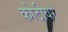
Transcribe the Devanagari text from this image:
कोठीवर